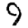
Digit: 9